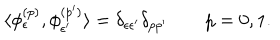
LaTeX: \langle \phi _ { \epsilon } ^ { ( p ) } , \phi _ { \epsilon ^ { \prime } } ^ { ( p ^ { \prime } ) } \rangle = \delta _ { \epsilon \epsilon ^ { \prime } } \delta _ { p p ^ { \prime } } \qquad p = 0 , 1 .